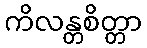
ကိလန္တစိတ္တာ